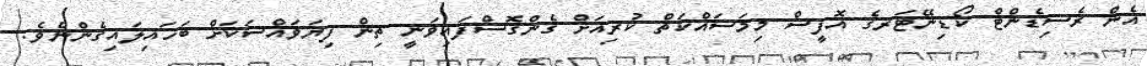
އެން ރެސިޑެންޓް ކޯޑިނޭޓަރގެ އޮފީސް މިމަސައްކަތް ކުރިއަށް ގެންގޮސްފައިވަނީ ތިން ފިޔަވައްސަކަށް ބަހައިލައިގެންނެވެ.